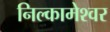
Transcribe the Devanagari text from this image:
निल्कामेश्वर